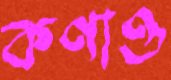
কণাও